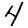
Digit: 4